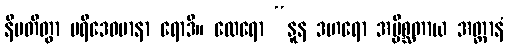
နိပတိတွာ ပရိဒေဝမာနာ ရောဒိ။ ထေရော “နူန ဒဟရော အပ္ပိစ္ဆတာယ အတ္တာနံ